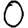
Digit: 0